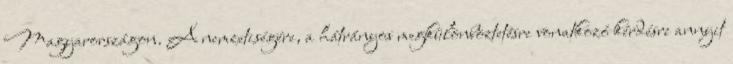
Magyarországon. A nemzetiségére, a hátrányos megkülönböztetésre vonatkozó kérdésre annyit